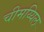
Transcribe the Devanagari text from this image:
चीमय्यिल